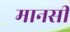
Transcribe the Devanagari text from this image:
मानसीं